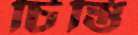
চিস্তি